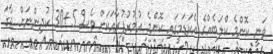
ވަނީ ކޮންމެ ކްލަބެއްގެ އެކަޑަމީގައި ކޮންމެ އުމުރުފުރާއަކަށް ވެސް 5+30 ކުދިންނަށް ޖާގަ